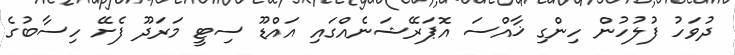
ދުވަހު ފުލުހުން ހިންގި ޚާއްސަ އޮޕަރޭޝަނެއްގައި އައްޑޫ ސިޓީ މަރަދޫ ފެށޭ ހިސާބުގެ